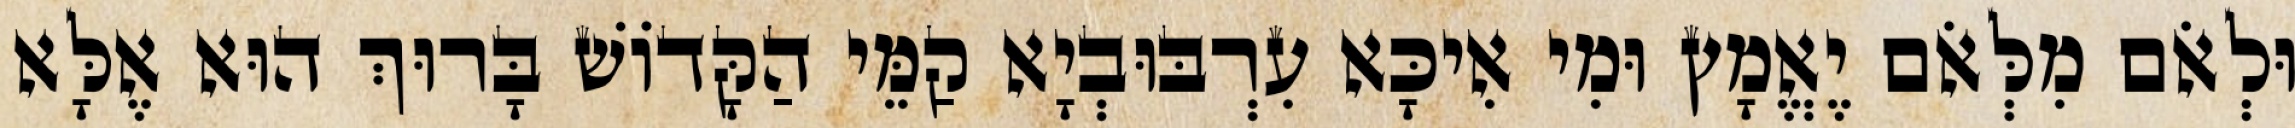
וּלְאֹם מִלְּאֹם יֶאֱמָץ וּמִי אִיכָּא עִרְבּוּבְיָא קַמֵּי הַקָּדוֹשׁ בָּרוּךְ הוּא אֶלָּא